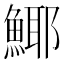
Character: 𩸾